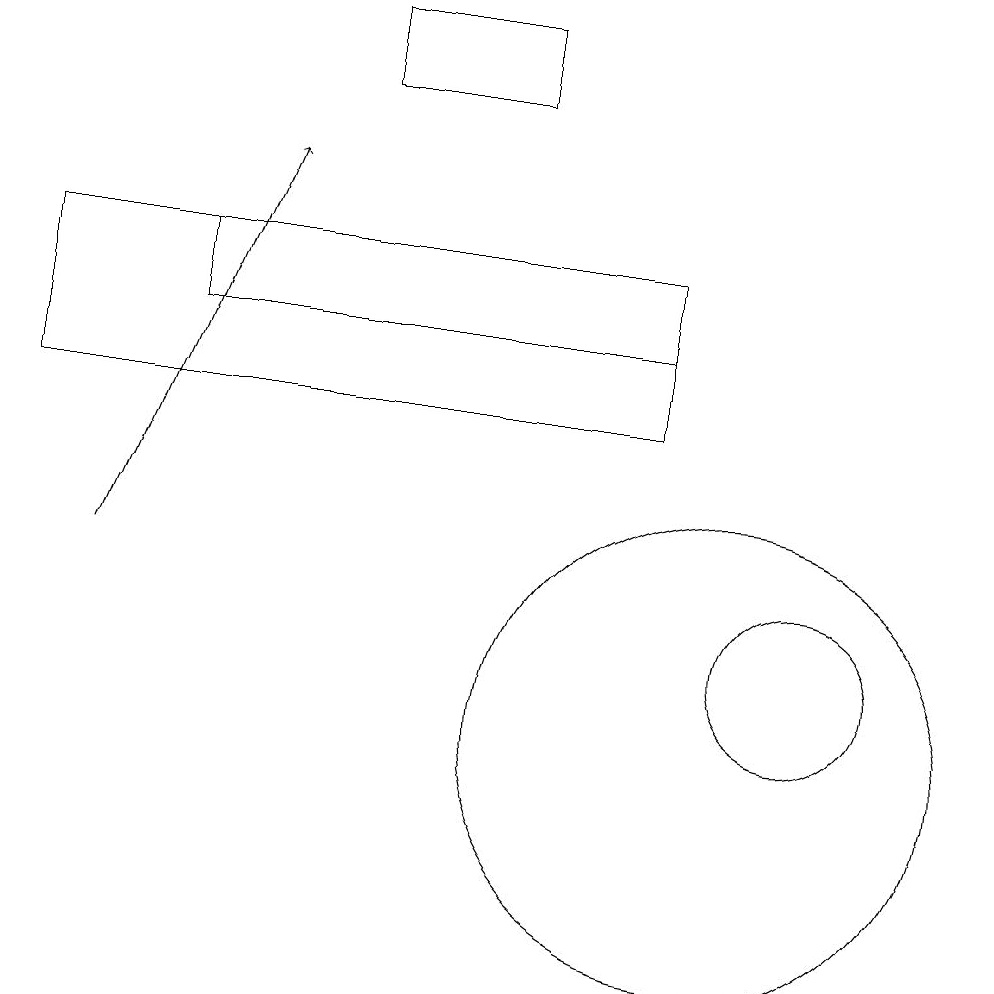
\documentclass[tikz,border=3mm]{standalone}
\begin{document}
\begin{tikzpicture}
\draw (10,10) circle (3);
\draw (9,14) rectangle (1,16);
\draw[->] (2,12) -- (4,17);
\draw (9,15) rectangle (3,16);
\draw (5,19) rectangle (7,18);
\draw (11,11) circle (1);
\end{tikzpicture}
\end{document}